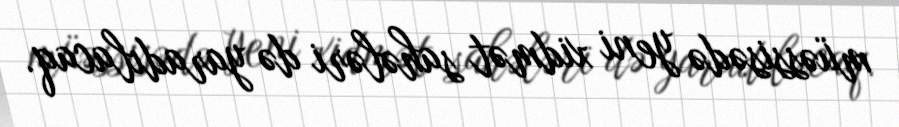
müəssisədə yeni xidmət sahələri də yaradılacaq.